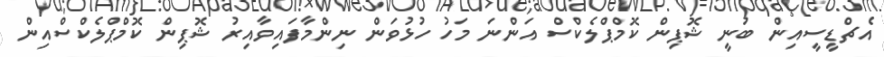
އެޗްޑީސީއިން ބުނީ ޝޮޕިން ކޮމްޕްލެކްސް އަންނަ މަހު ހުޅުވަން ނިންމާފައިވާއިރު ޝޮޕިން ކޮމްޕްލެކްސްއިން